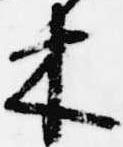
木